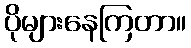
ပိုများနေကြတာ။